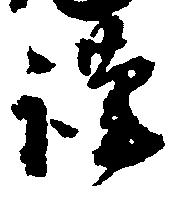
謹